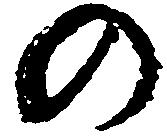
の